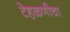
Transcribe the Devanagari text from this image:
टेहळणीचा